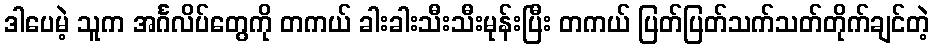
ဒါပေမဲ့ သူက အင်္ဂလိပ်တွေကို တကယ် ခါးခါးသီးသီးမုန်းပြီး တကယ် ပြတ်ပြတ်သက်သတ်တိုက်ချင်တဲ့